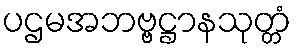
ပဌမအဘဗ္ဗဋ္ဌာနသုတ္တံ